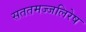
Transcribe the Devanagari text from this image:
सततमज्जलिरेष